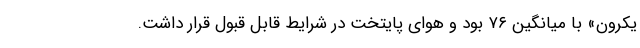
یکرون» با میانگین ۷۶ بود و هوای پایتخت در شرایط قابل قبول قرار داشت.